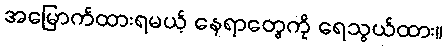
အမြောက်ထားရမယ့် နေရာတွေကို ရေသွယ်ထား။